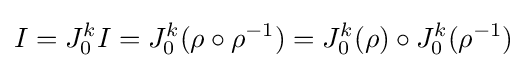
I=J_{0}^{k}I=J_{0}^{k}(\rho \circ \rho ^{-1})=J_{0}^{k}(\rho )\circ J_{0}^{k}(\rho ^{-1})